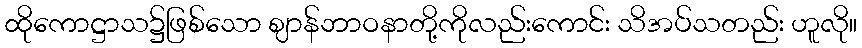
ထိုကောဋ္ဌာသ၌ဖြစ်သော ဈာန်ဘာဝနာတို့ကိုလည်းကောင်း သိအပ်သတည်း ဟူလို။